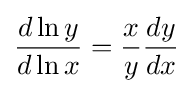
{\frac {d\ln y}{d\ln x}}={\frac {x}{y}}{\frac {dy}{dx}}